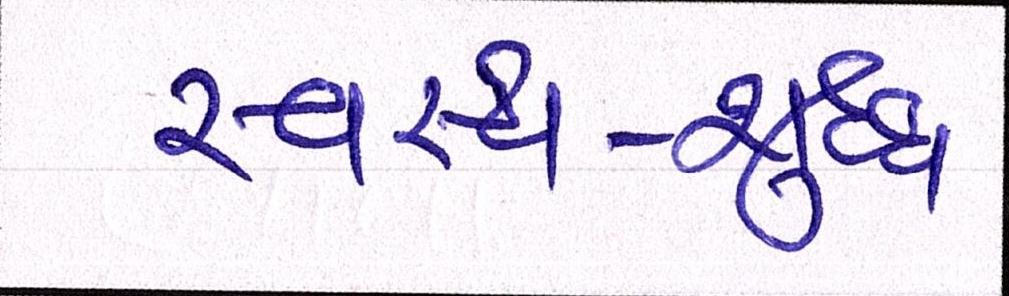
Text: સ્વસ્થ-શુદ્ધ